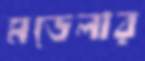
মডেলার